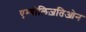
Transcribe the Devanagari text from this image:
एम्बोलिज़तिओन